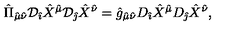
{ \hat { \Pi } } _ { { \hat { \mu } } { \hat { \nu } } } { \cal D } _ { \hat { \imath } } { \hat { X } } ^ { \hat { \mu } } { \cal D } _ { \hat { \jmath } } { \hat { X } } ^ { \hat { \nu } } = { \hat { g } } _ { { \hat { \mu } } { \hat { \nu } } } D _ { \hat { \imath } } { \hat { X } } ^ { \hat { \mu } } D _ { \hat { \jmath } } { \hat { X } } ^ { \hat { \nu } } ,